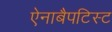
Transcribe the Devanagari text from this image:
ऐनाबैपटिस्ट